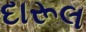
દારૂલ